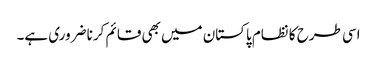
اسی طرح کا نظام پاکستان میں بھی قائم کرنا ضروری ہے۔